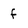
Character: f